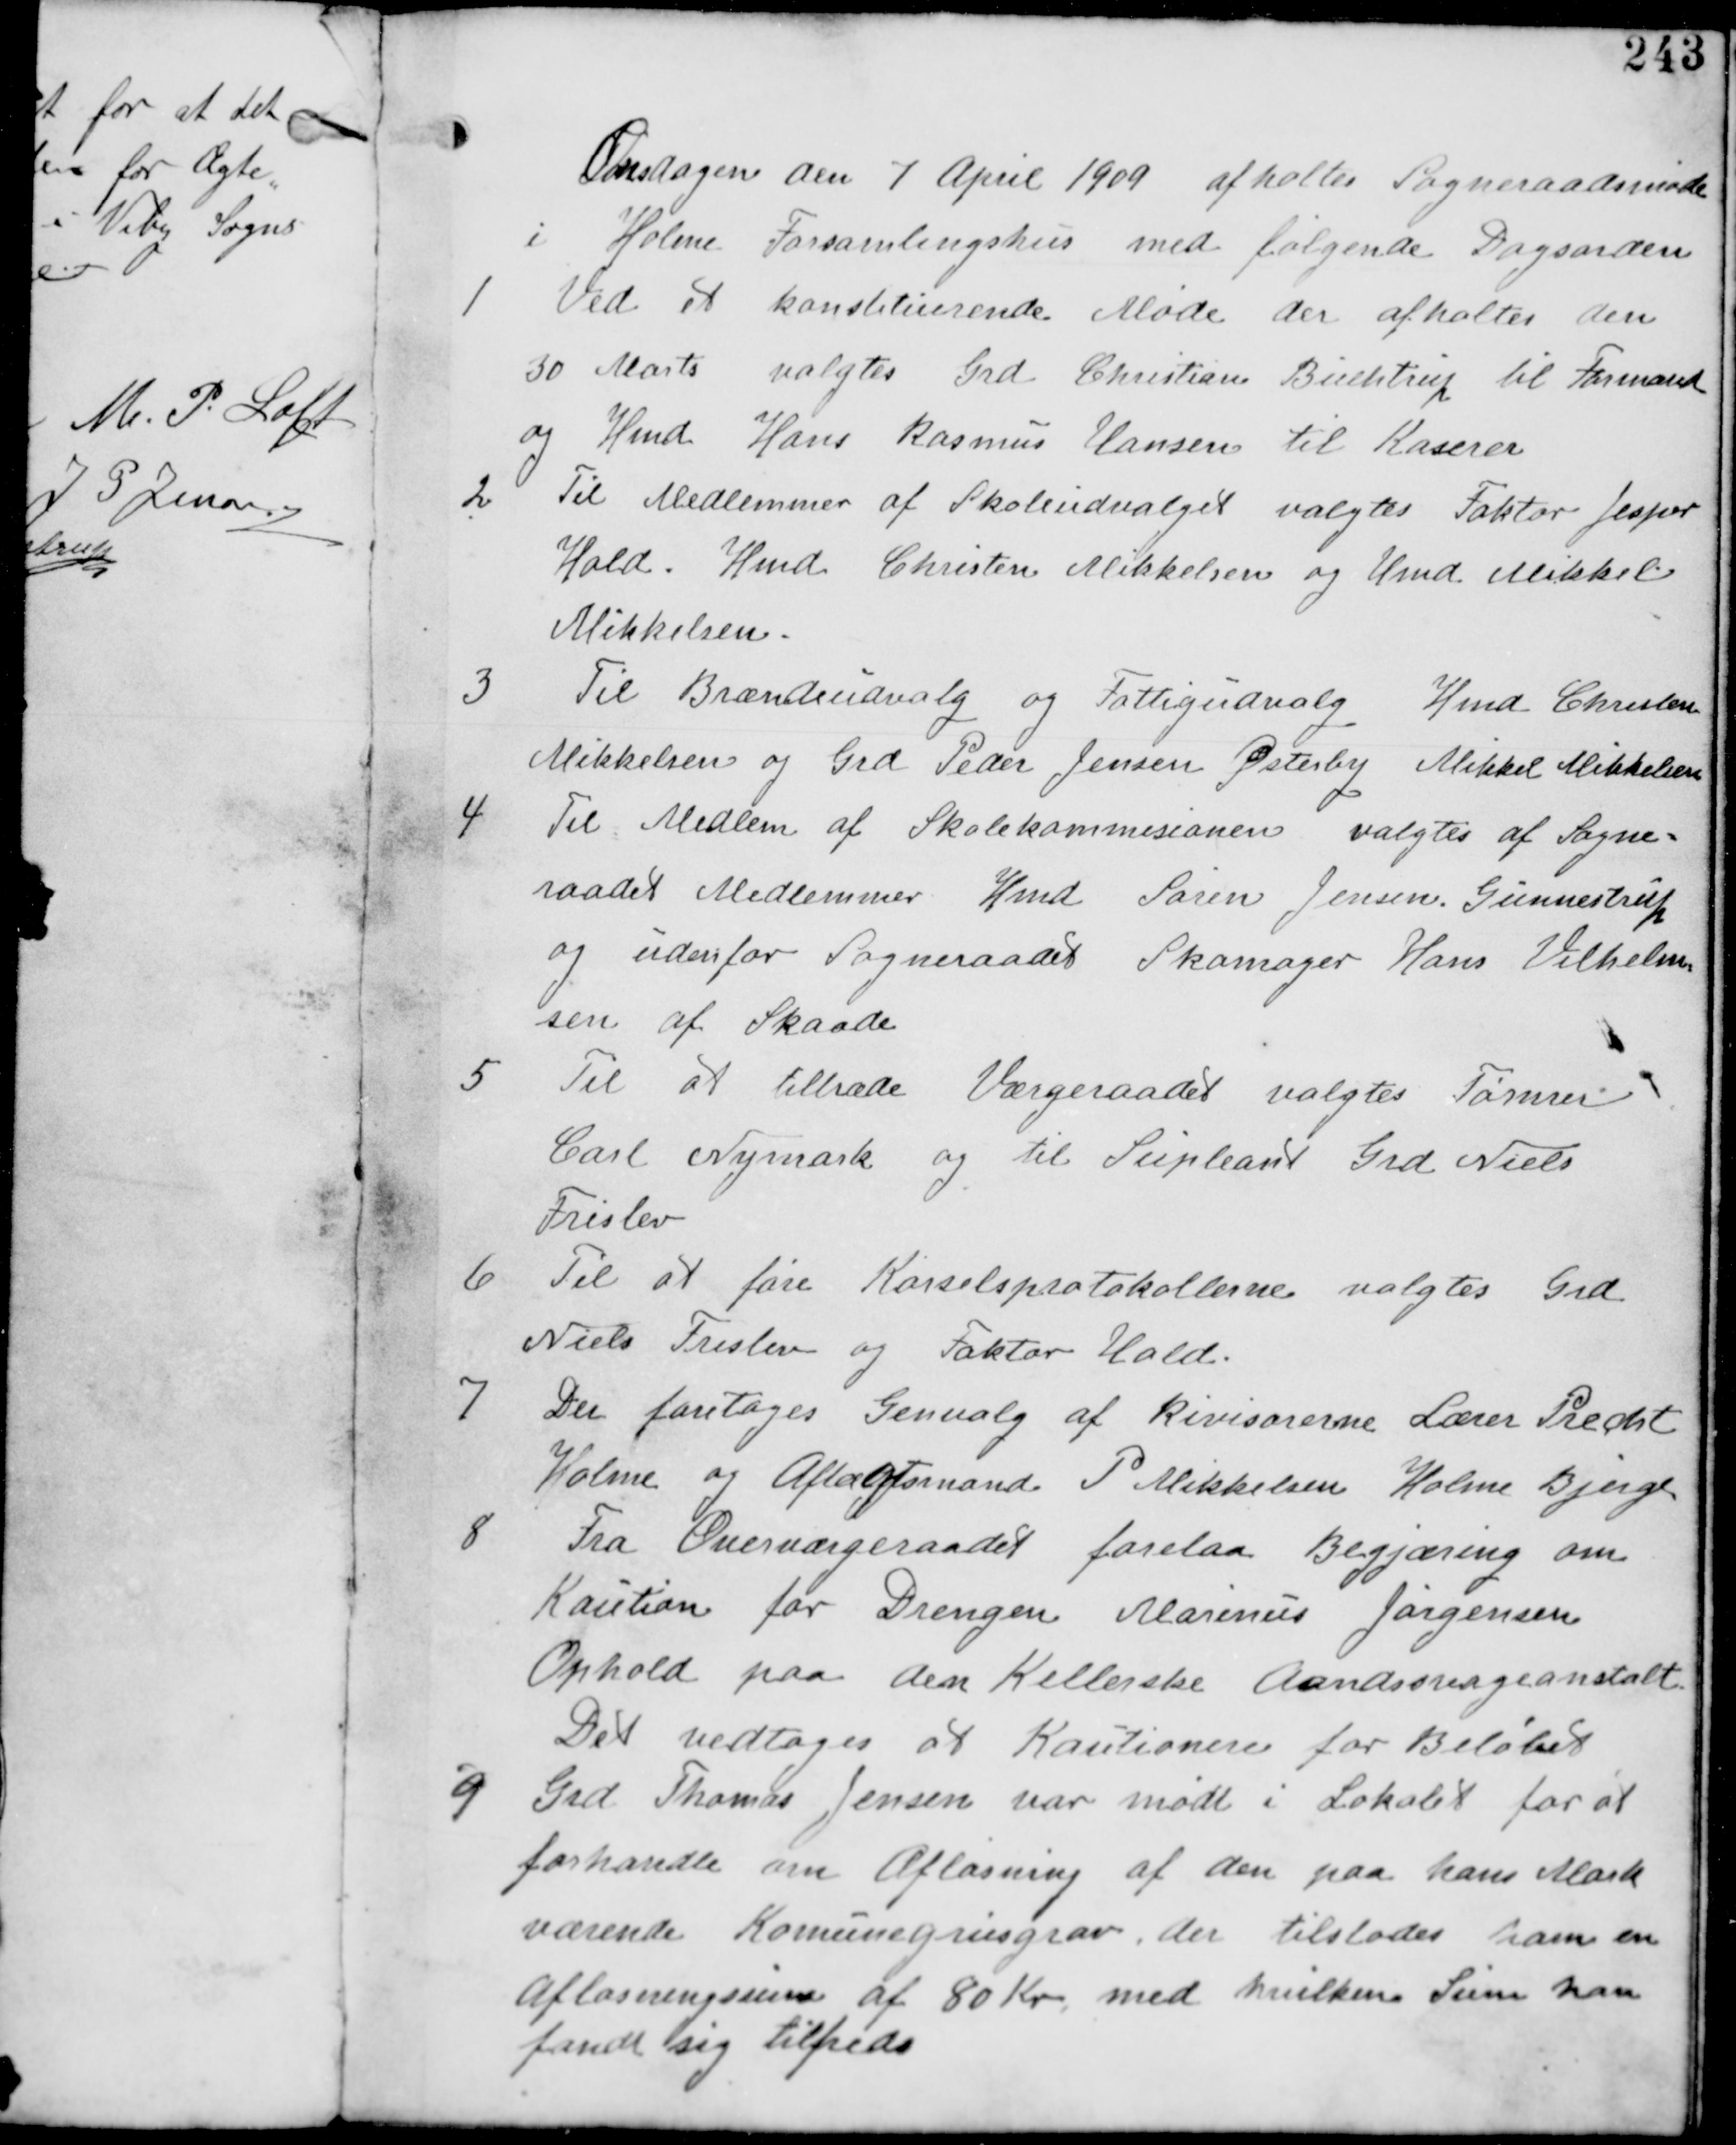
Transskription:
Onsdagen den 7 April 1909 afholdes Sogneraadsmøde
i Holme Forsamlingshus med følgende Dagsorden.

1 Ved et komstituerende Møde der afholdtes den
30 Marts valgtes Grd Christian Buchtrup til Formand
og Hmd Hans Rasmus Hansen til Kaserer.

2 Til Meddlemmer af Skoleudvalget valgtes Faktor Jesper
Hald, Hmd Christen Mikkelsen og Hmd Mikkel
Mikkelsen

3
Til Brændeudvalg og Fattigudvalg Hmd Christen
Mikkelsen og Grd Peder Jensen Østeby Mikkel Mikkelsen

Til Medlem af Skolekommissionen valgtes af Sogne-
raadet Medlemmer Hmd Søren Jensen Gunnestrup
og udenfor Sogneraadet Skomager Hans Vilhelm
sen af Skaade.

5 Til at tiltræde Værgeraadet valgtes Tømrer
Carl Nymark og til Supleant Grd Niels
Frislev

6
Til at føre Kørselsprotokollerne valgtes Grd
Niels Frislev og Faktor Skov.

7
Der foretages Genvalg af Revisorerne Lærer Precht
Holme og Aftægtsmand P Mikkelsen Holme Bjerge.

8
Fra Overværgeraadet forelaa Begjæring om
Kaution for Drengen Marinus Jørgensen
Ophold paa den Kellerske Aandssvageanstalt
Det vedtages at Kautionere for Beløbet.

9 Grd Thomas Jensen var Mødt i Lokalet for at
forhandle om Aflosning af den paa hans Mark
værende Kommunegrusgrav. der tilstodes ham en
Aflosningssum af 80 Kr med hvilken Sum han
fandt sig tilfreds.